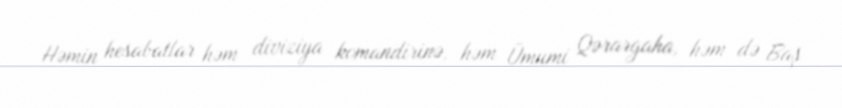
Həmin hesabatlar həm diviziya komandirinə, həm Ümumi Qərargaha, həm də Baş